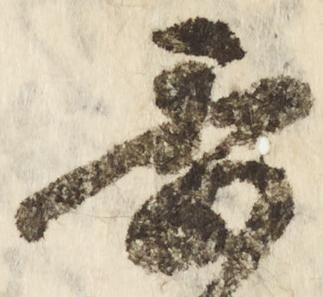
李